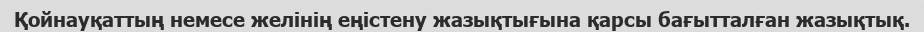
Қойнауқаттың немесе желінің еңістену жазықтығына қарсы бағытталған жазықтық.